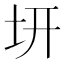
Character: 𭍿